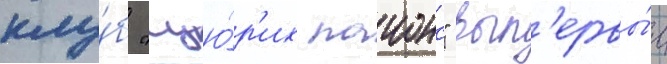
клу́б "цю́р'их лаионс" вп'ервы́е